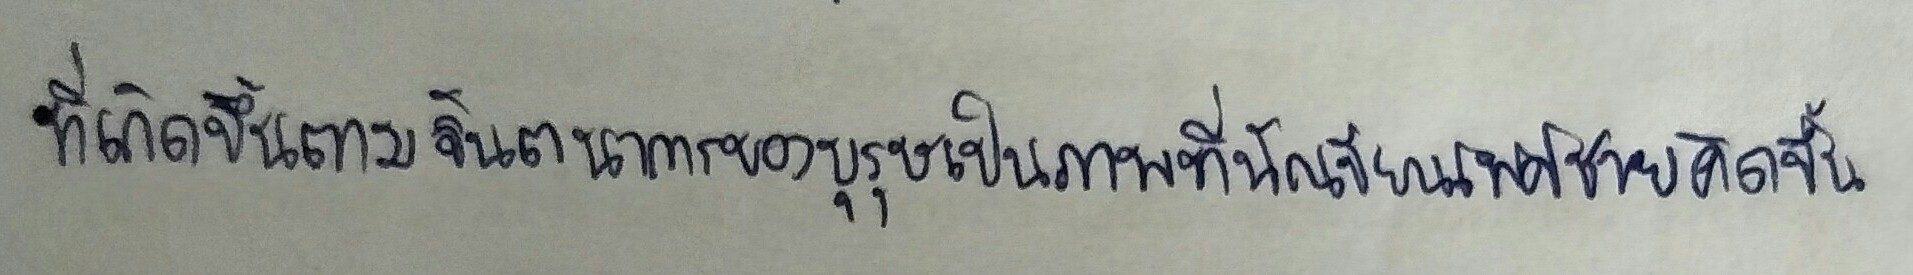
ที่เกิดขึ้นตามจินตนาการของบุรุษเป็นภาพที่นักเขียนเพศชายคิดขึ้น